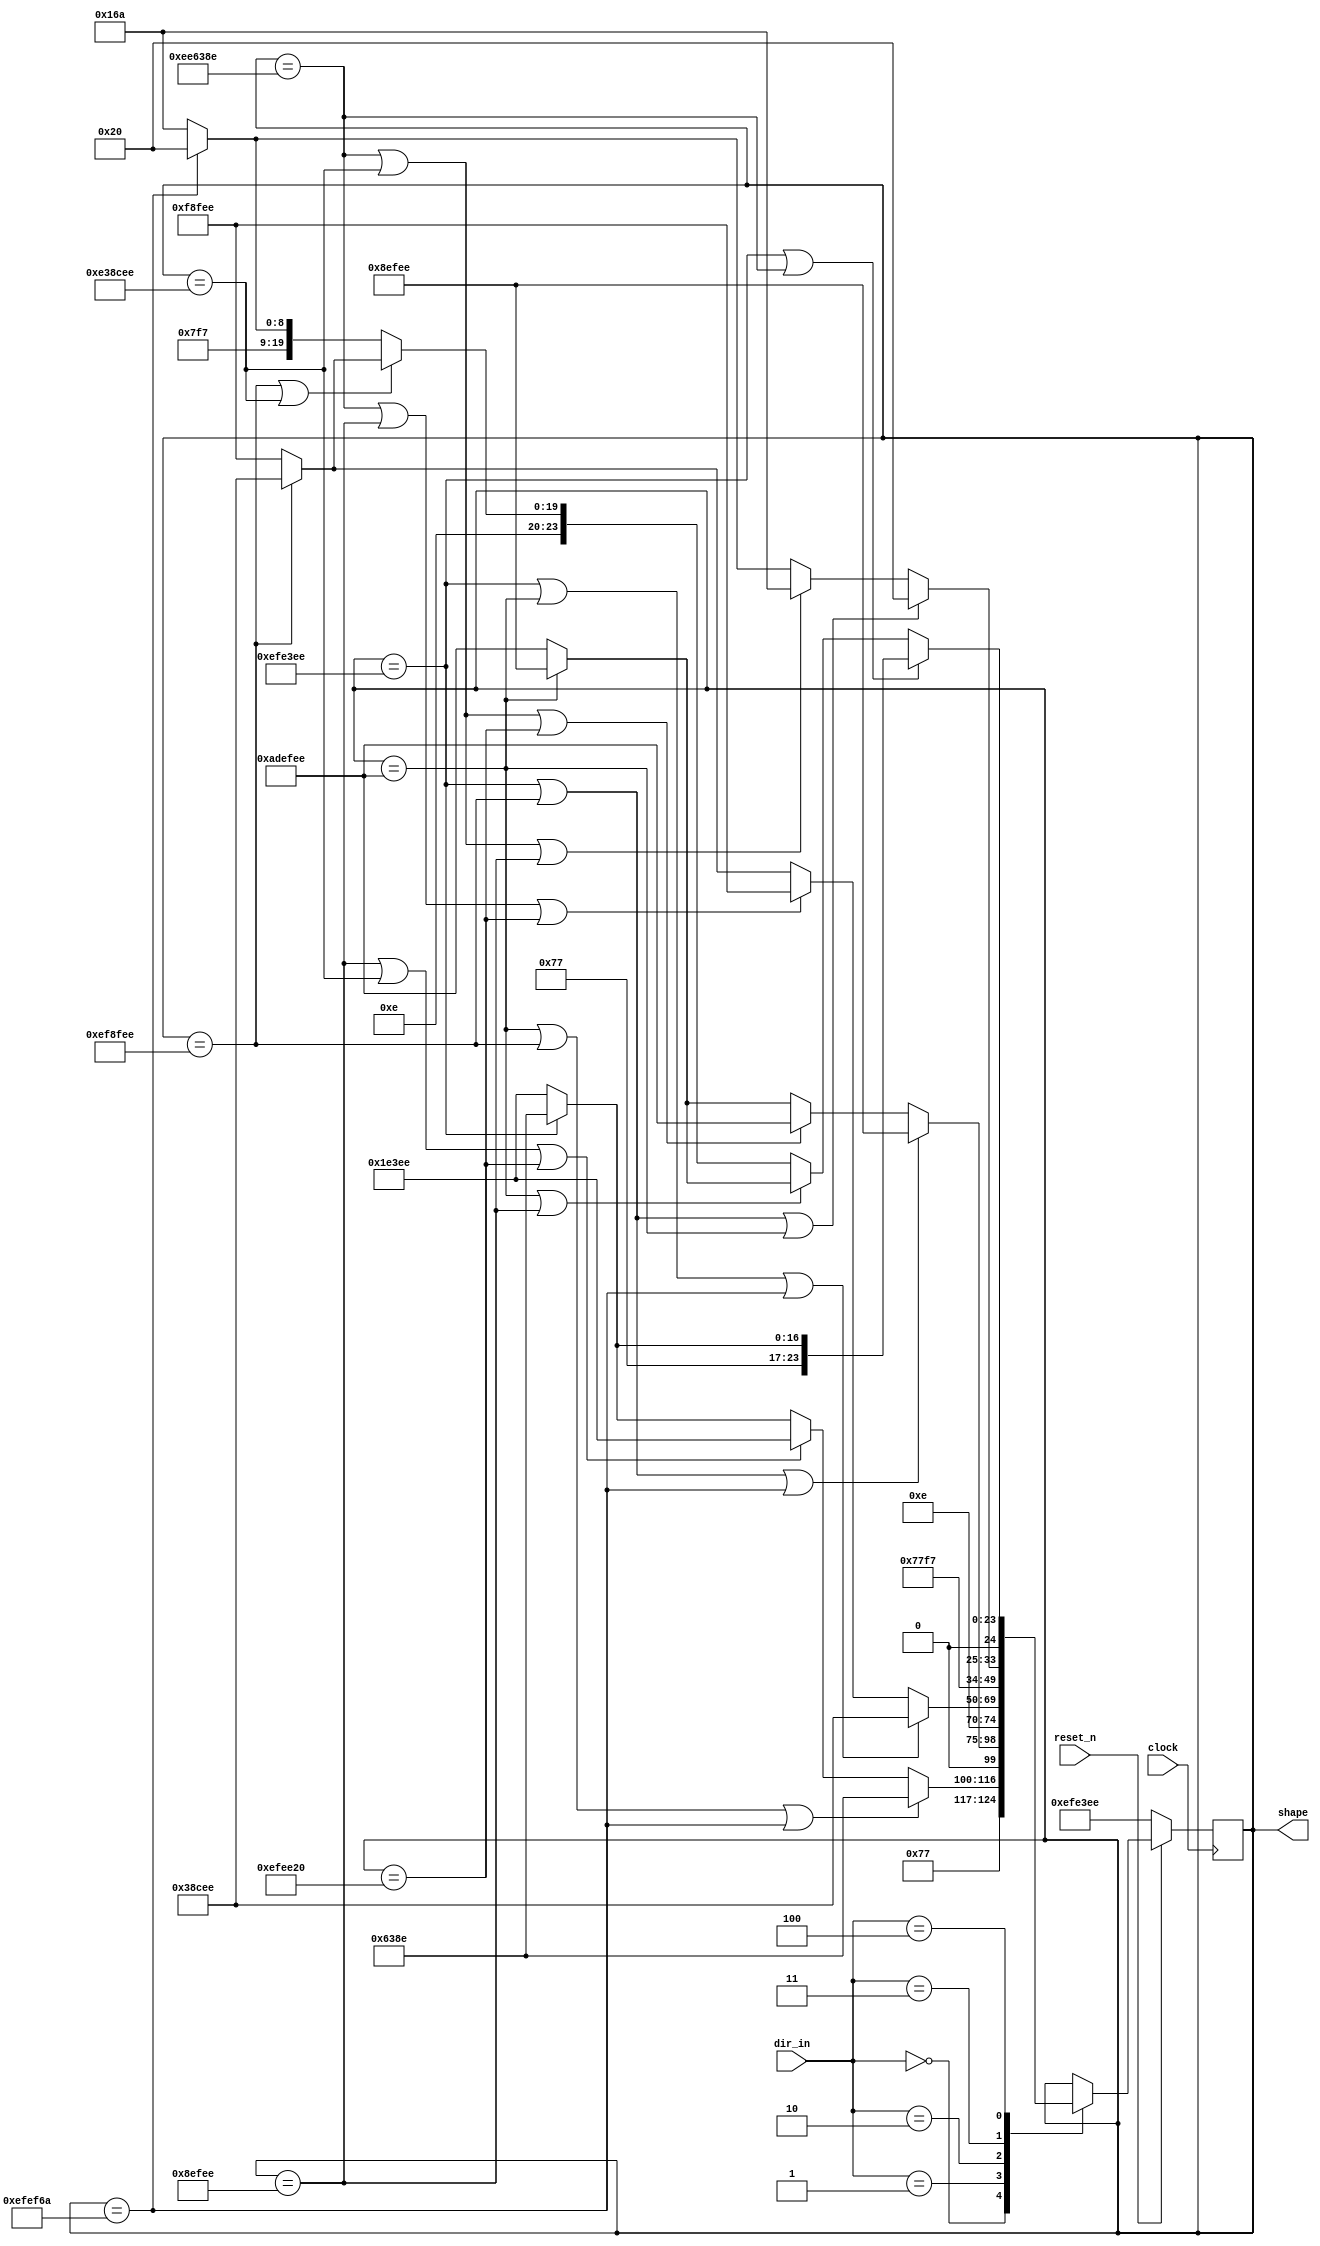
module pac_shaper(shape, dir_in, clock, reset_n);

	input clock, reset_n;
	input [2:0] dir_in;
	
	output [24:0] shape;
	
	reg [24:0] next_ani;
    
	localparam rightA = 25'b0111011111110001111101110,
				  rightB = 25'b0111011100110001110001110,
				  upA = 25'b0101011011110111111101110,
				  upB = 25'b0000010001110111111101110,
				  leftA = 25'b0111011111000111111101110,
				  leftB = 25'b0111000111000110011101110,
				  downA = 25'b0111011111110111101101010,
				  downB = 25'b0111011111110111000100000,
				  WAIT = 3'b100, 
				  RIGHT = 3'b000, 
				  UP = 3'b001, 
				  LEFT = 3'b010, 
				  DOWN = 3'b011;
				  
	assign shape = next_ani;
   
	always @(posedge clock) begin
		if(!reset_n) begin
			next_ani <= rightA;
		end
		else begin
			case(dir_in)
				RIGHT: begin
					if(next_ani == upA || next_ani == leftA || next_ani == downA) next_ani <= rightB;
					else if(next_ani == upB || next_ani == leftB || next_ani == downB) next_ani <= rightA;
					else next_ani <= (next_ani == rightA) ? rightB : rightA;
				end
				UP: begin
					if(next_ani == rightA || next_ani == leftA || next_ani == downA) next_ani <= upB;
					else if(next_ani == rightB || next_ani == leftB || next_ani == downB) next_ani <= upA;
					else next_ani <= (next_ani == upA) ? upB : upA;
				end
				LEFT: begin
					if(next_ani == rightA || next_ani == upA || next_ani == downA) next_ani <= leftB;
					else if(next_ani == rightB || next_ani == upB || next_ani == downB) next_ani <= leftA;
					else next_ani <= (next_ani == leftA) ? leftB : leftA;
				end
				DOWN: begin
					if(next_ani == rightA || next_ani == leftA || next_ani == upA) next_ani <= downB;
					else if(next_ani == rightB || next_ani == leftB || next_ani == upB) next_ani <= downA;
					else next_ani <= (next_ani == downA) ? downB : downA;
				end
				WAIT: begin
					if(next_ani == rightA || next_ani == rightB) next_ani <= (next_ani == rightA) ? rightB : rightA;
					else if(next_ani == upA || next_ani == upB) next_ani <= (next_ani == upA) ? upB : upA;
					else if(next_ani == leftA || next_ani == leftB) next_ani <= (next_ani == leftA) ? leftB : leftA;
					else next_ani <= (next_ani == downA) ? downB : downA;
				end
			endcase
		end
	end
	
endmodule